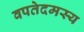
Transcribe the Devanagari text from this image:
वपतेदमस्य